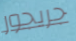
جريجور